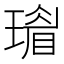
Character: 𤩣